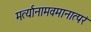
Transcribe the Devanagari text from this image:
मर्त्यानामवमानात्परं